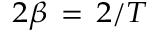
\scriptstyle 2 \beta \ = \ 2 / T